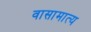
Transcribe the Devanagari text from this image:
वासामात्य